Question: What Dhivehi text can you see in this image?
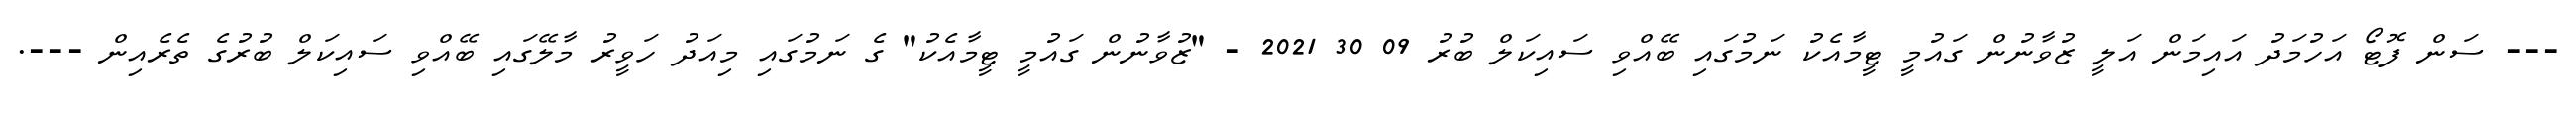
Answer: --- ސަން ފޮޓޯ އަހުމަދު އައިމަން އަލީ ޒުވާނުން ގައުމީ ޓީމާއެކު ނަމުގައި ބޭއްވި ސައިކަލް ބުރު 09 30 2021 - "ޒުވާނުން ގައުމީ ޓީމާއެކު" ގެ ނަމުގައި މިއަދު ހަވީރު މާލޭގައި ބޭއްވި ސައިކަލް ބުރުގެ ތެރެއިން ---.